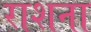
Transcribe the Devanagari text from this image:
राशना